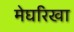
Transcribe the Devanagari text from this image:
मेघरिखा